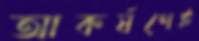
আকর্ষণেই